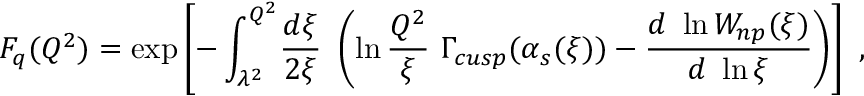
F _ { q } ( Q ^ { 2 } ) = \exp \left[ - \int _ { \lambda ^ { 2 } } ^ { Q ^ { 2 } } \! { \frac { d \xi } { 2 \xi } } \ \left( \ln { \frac { Q ^ { 2 } } { \xi } } \ \Gamma _ { c u s p } ( \alpha _ { s } ( \xi ) ) - { \frac { d \ \ln W _ { n p } ( \xi ) } { d \ \ln \xi } } \right) \right] \ ,